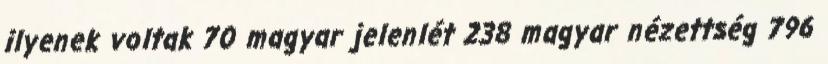
ilyenek voltak 70 magyar jelenlét 238 magyar nézettség 796